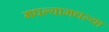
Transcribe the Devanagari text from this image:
मधल्यामधल्या